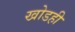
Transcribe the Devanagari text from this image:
खोडही